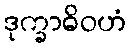
ဒုက္ခာဓိဝဟံ